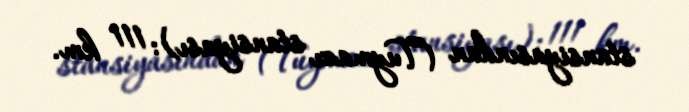
stansiyasından (Tuymazı stansiyası): 111 km.